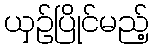
ယှဉ်ပြိုင်မည့်